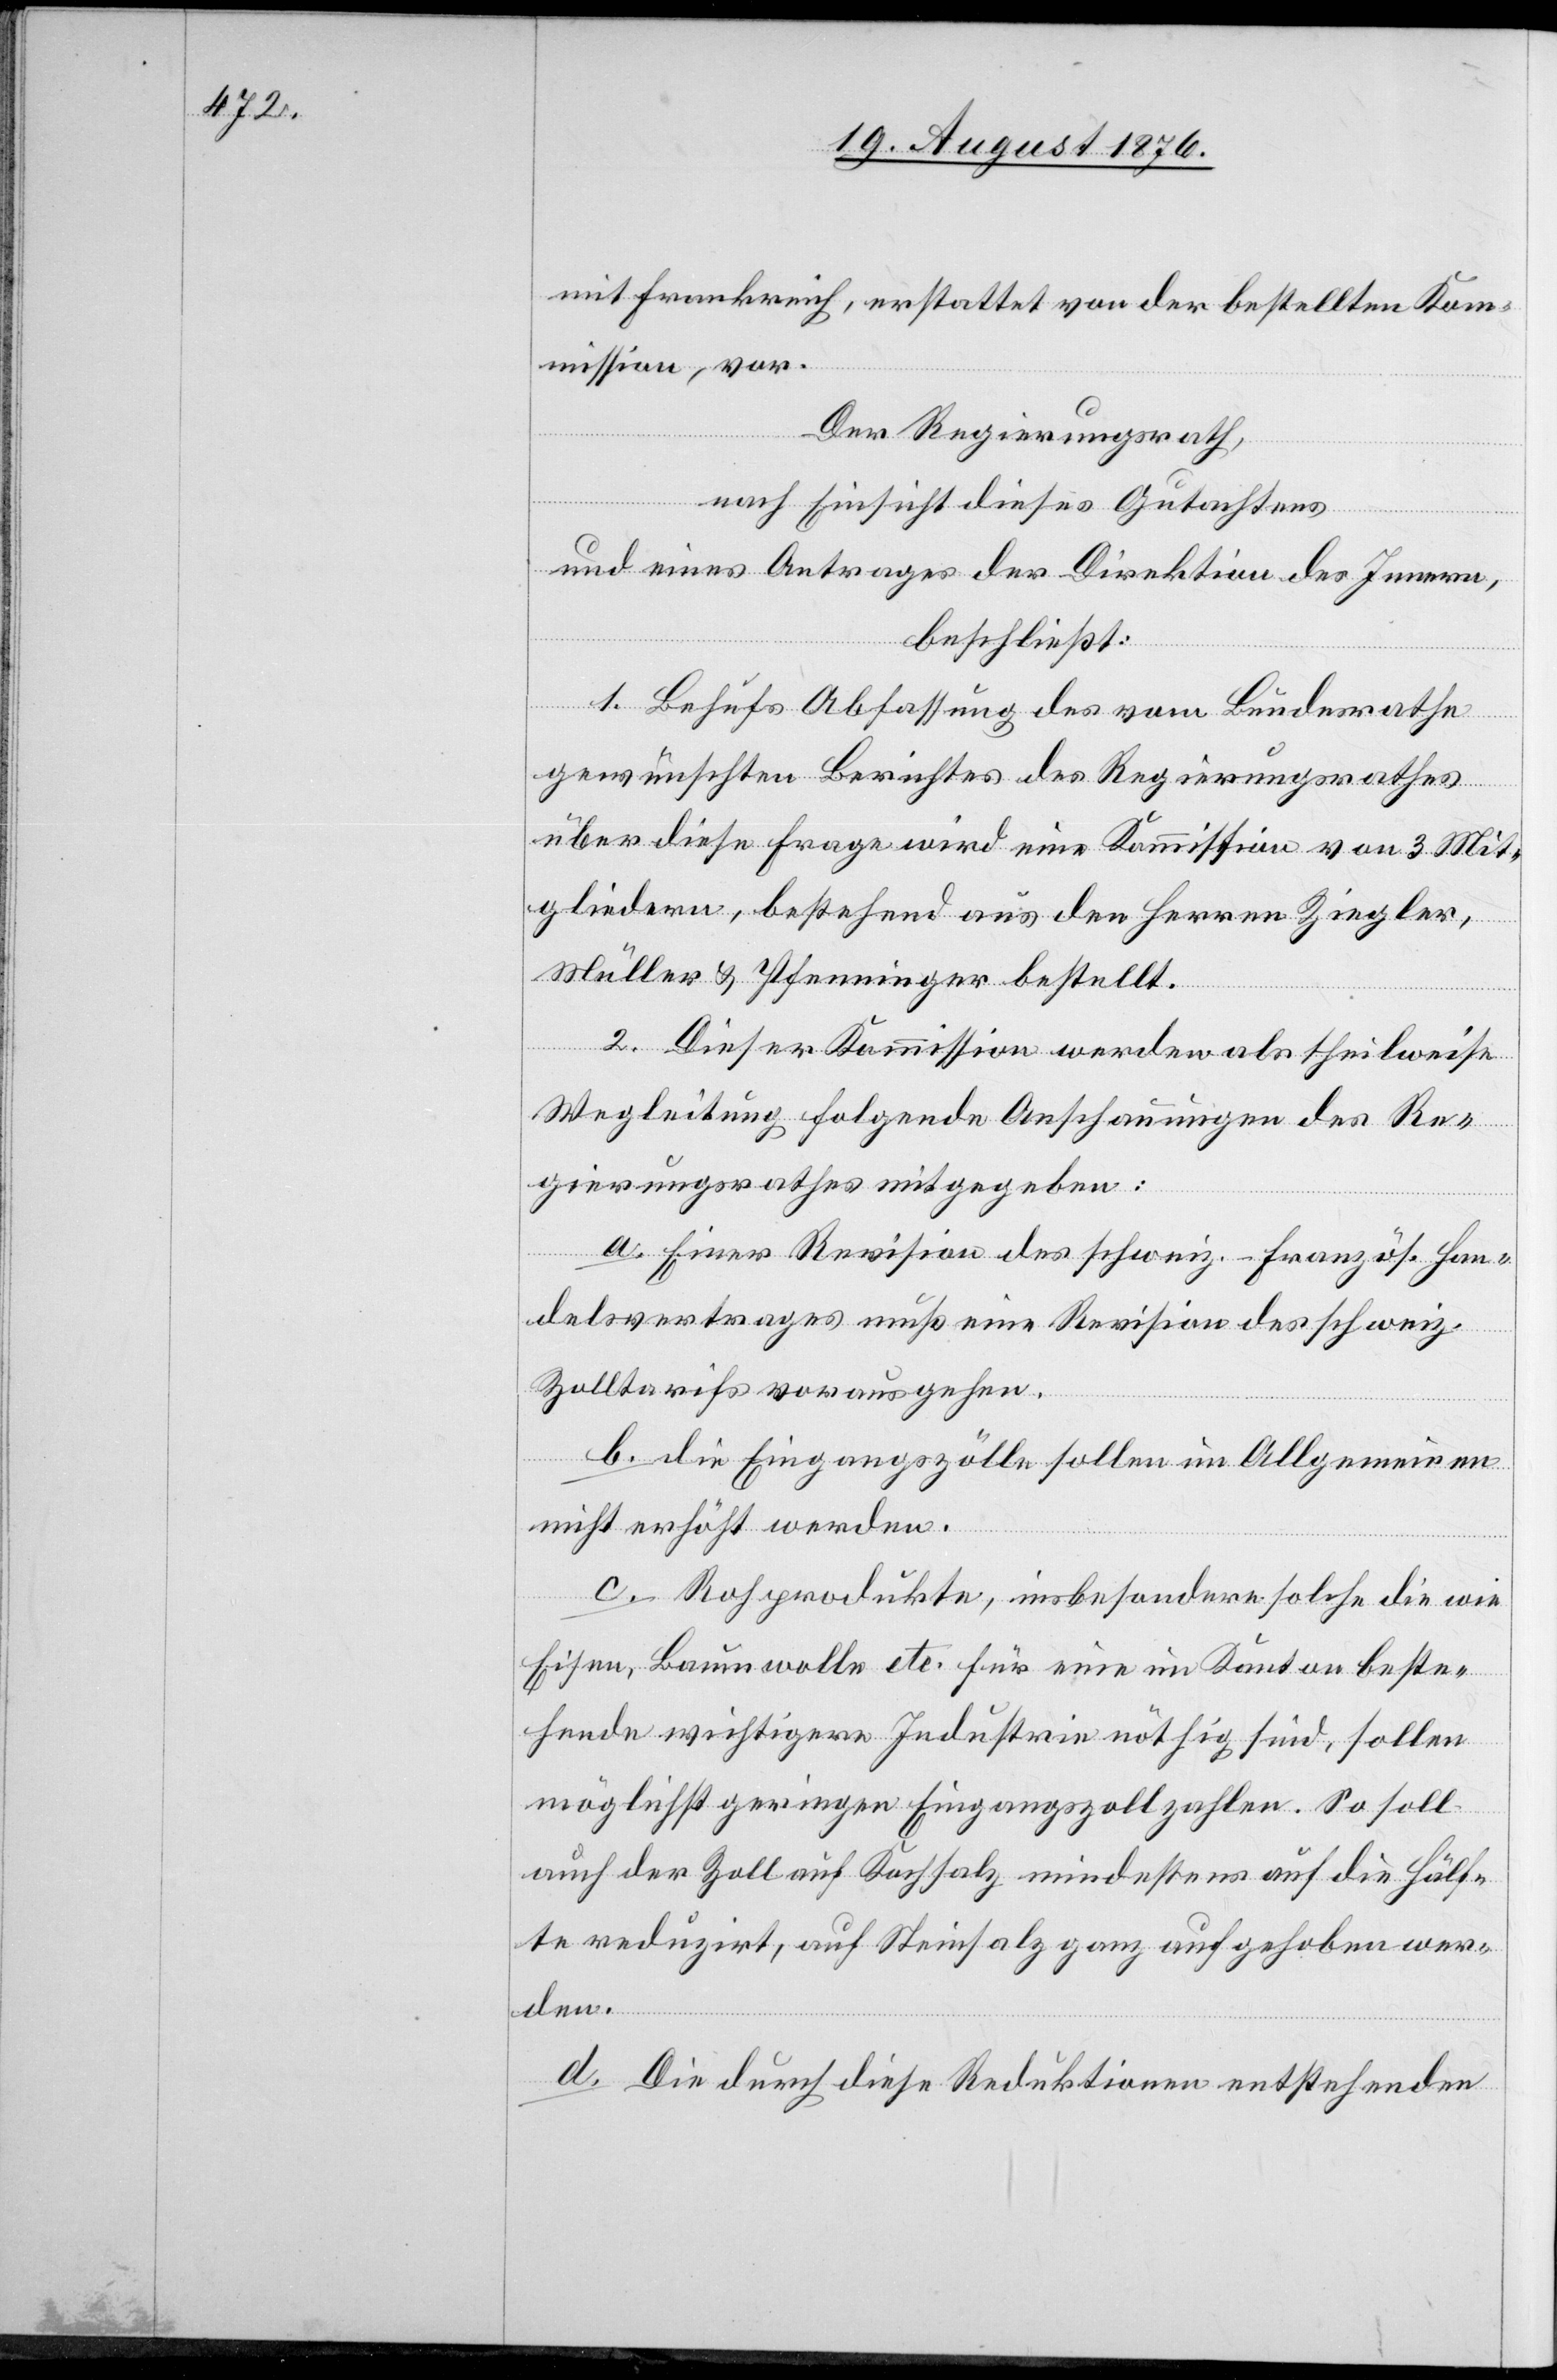
mit Frankreich, erstattet von der bestellten Kom¬
mission, vor.
Der Regierungsrath,
nach Einsicht dieses Gutachtens
und eines Antrages der Direktion des Innern,
beschließt:
1. Behufs Abfassung des vom Bundesrathe
gewünschten Berichtes des Regierungsrathes
über diese Frage wird eine Kommission von 3 Mit¬
gliedern, bestehend aus den Herren Ziegler,
Müller & Pfenninger bestellt.
2. Dieser Kommissionwerden als theilweise
Wegleitung folgende Anschauungen des Re¬
gierungsrathes mitgegeben:
a. Einer Revision des schweiz.-französ. Han¬
delsvertrages muß eine Revision des schweiz.
Zolltarifs vorausgehen.
b. die Eingangszölle sollen im Allgemeinen
nicht erhöht werden.
c. Rohprodukte, insbesondere solche die wie
Eisen, Baumwolle etc. für eine im Kanton beste¬
hende wichtigere Industrie nöthig sind, sollen
möglichst geringen Eingangszoll zahlen. So soll
auch der Zoll auf Kochsalz mindestens auf die Hälf¬
te reduzirt, auf Steinsalz ganz aufgehoben wer¬
den.
d. Die durch diese Reduktionen entstehenden